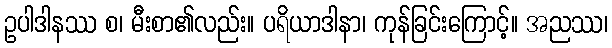
ဥပါဒါနဿ စ၊ မီးစာ၏လည်း။ ပရိယာဒါနာ၊ ကုန်ခြင်းကြောင့်။ အညဿ၊